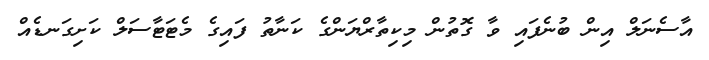
އާސެނަލް އިން ބުނެފައި ވާ ގޮތުން މިކިތާރްޔަންގެ ކަނާތު ފައިގެ މެޓަޓާސަލް ކަށިގަނޑެއް